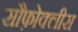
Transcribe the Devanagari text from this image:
सौफ़ोक्लीस